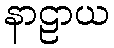
နာဠာယ